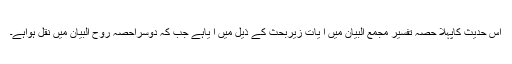
اس حدیث کاپہلا حصّہ تفسیر مجمع البیان میں ا یات زیربحث کے ذیل میں ا یاہے جب کہ دوسراحصہ رُوح البیان میں نقل ہواہے۔